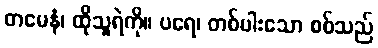
တမေနံ၊ ထိုသူရဲကို။ ပရေ၊ တစ်ပါးသော စစ်သည်